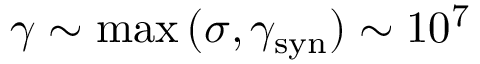
\gamma \sim \operatorname* { m a x } { ( \sigma , \gamma _ { \mathrm { s y n } } ) } \sim 1 0 ^ { 7 }